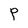
Character: P